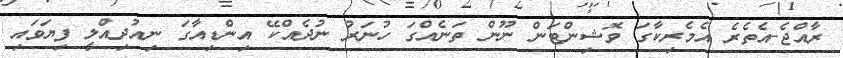
ރާއްޖެ-އެތެރެ އެމެރިކާގަ ވޮޝިންޓަން ނޫން ތަނެއްގަ ހުނަރު ނުދެއްކޭ އިންޑިއާގަ ނިއުދިއްލީ ފިޔަވައި